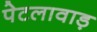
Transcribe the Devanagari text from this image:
पेटलावाड़